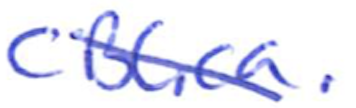
Text: CBC.ca.
Cross-out: diagonal
Writing tool: ballpoint